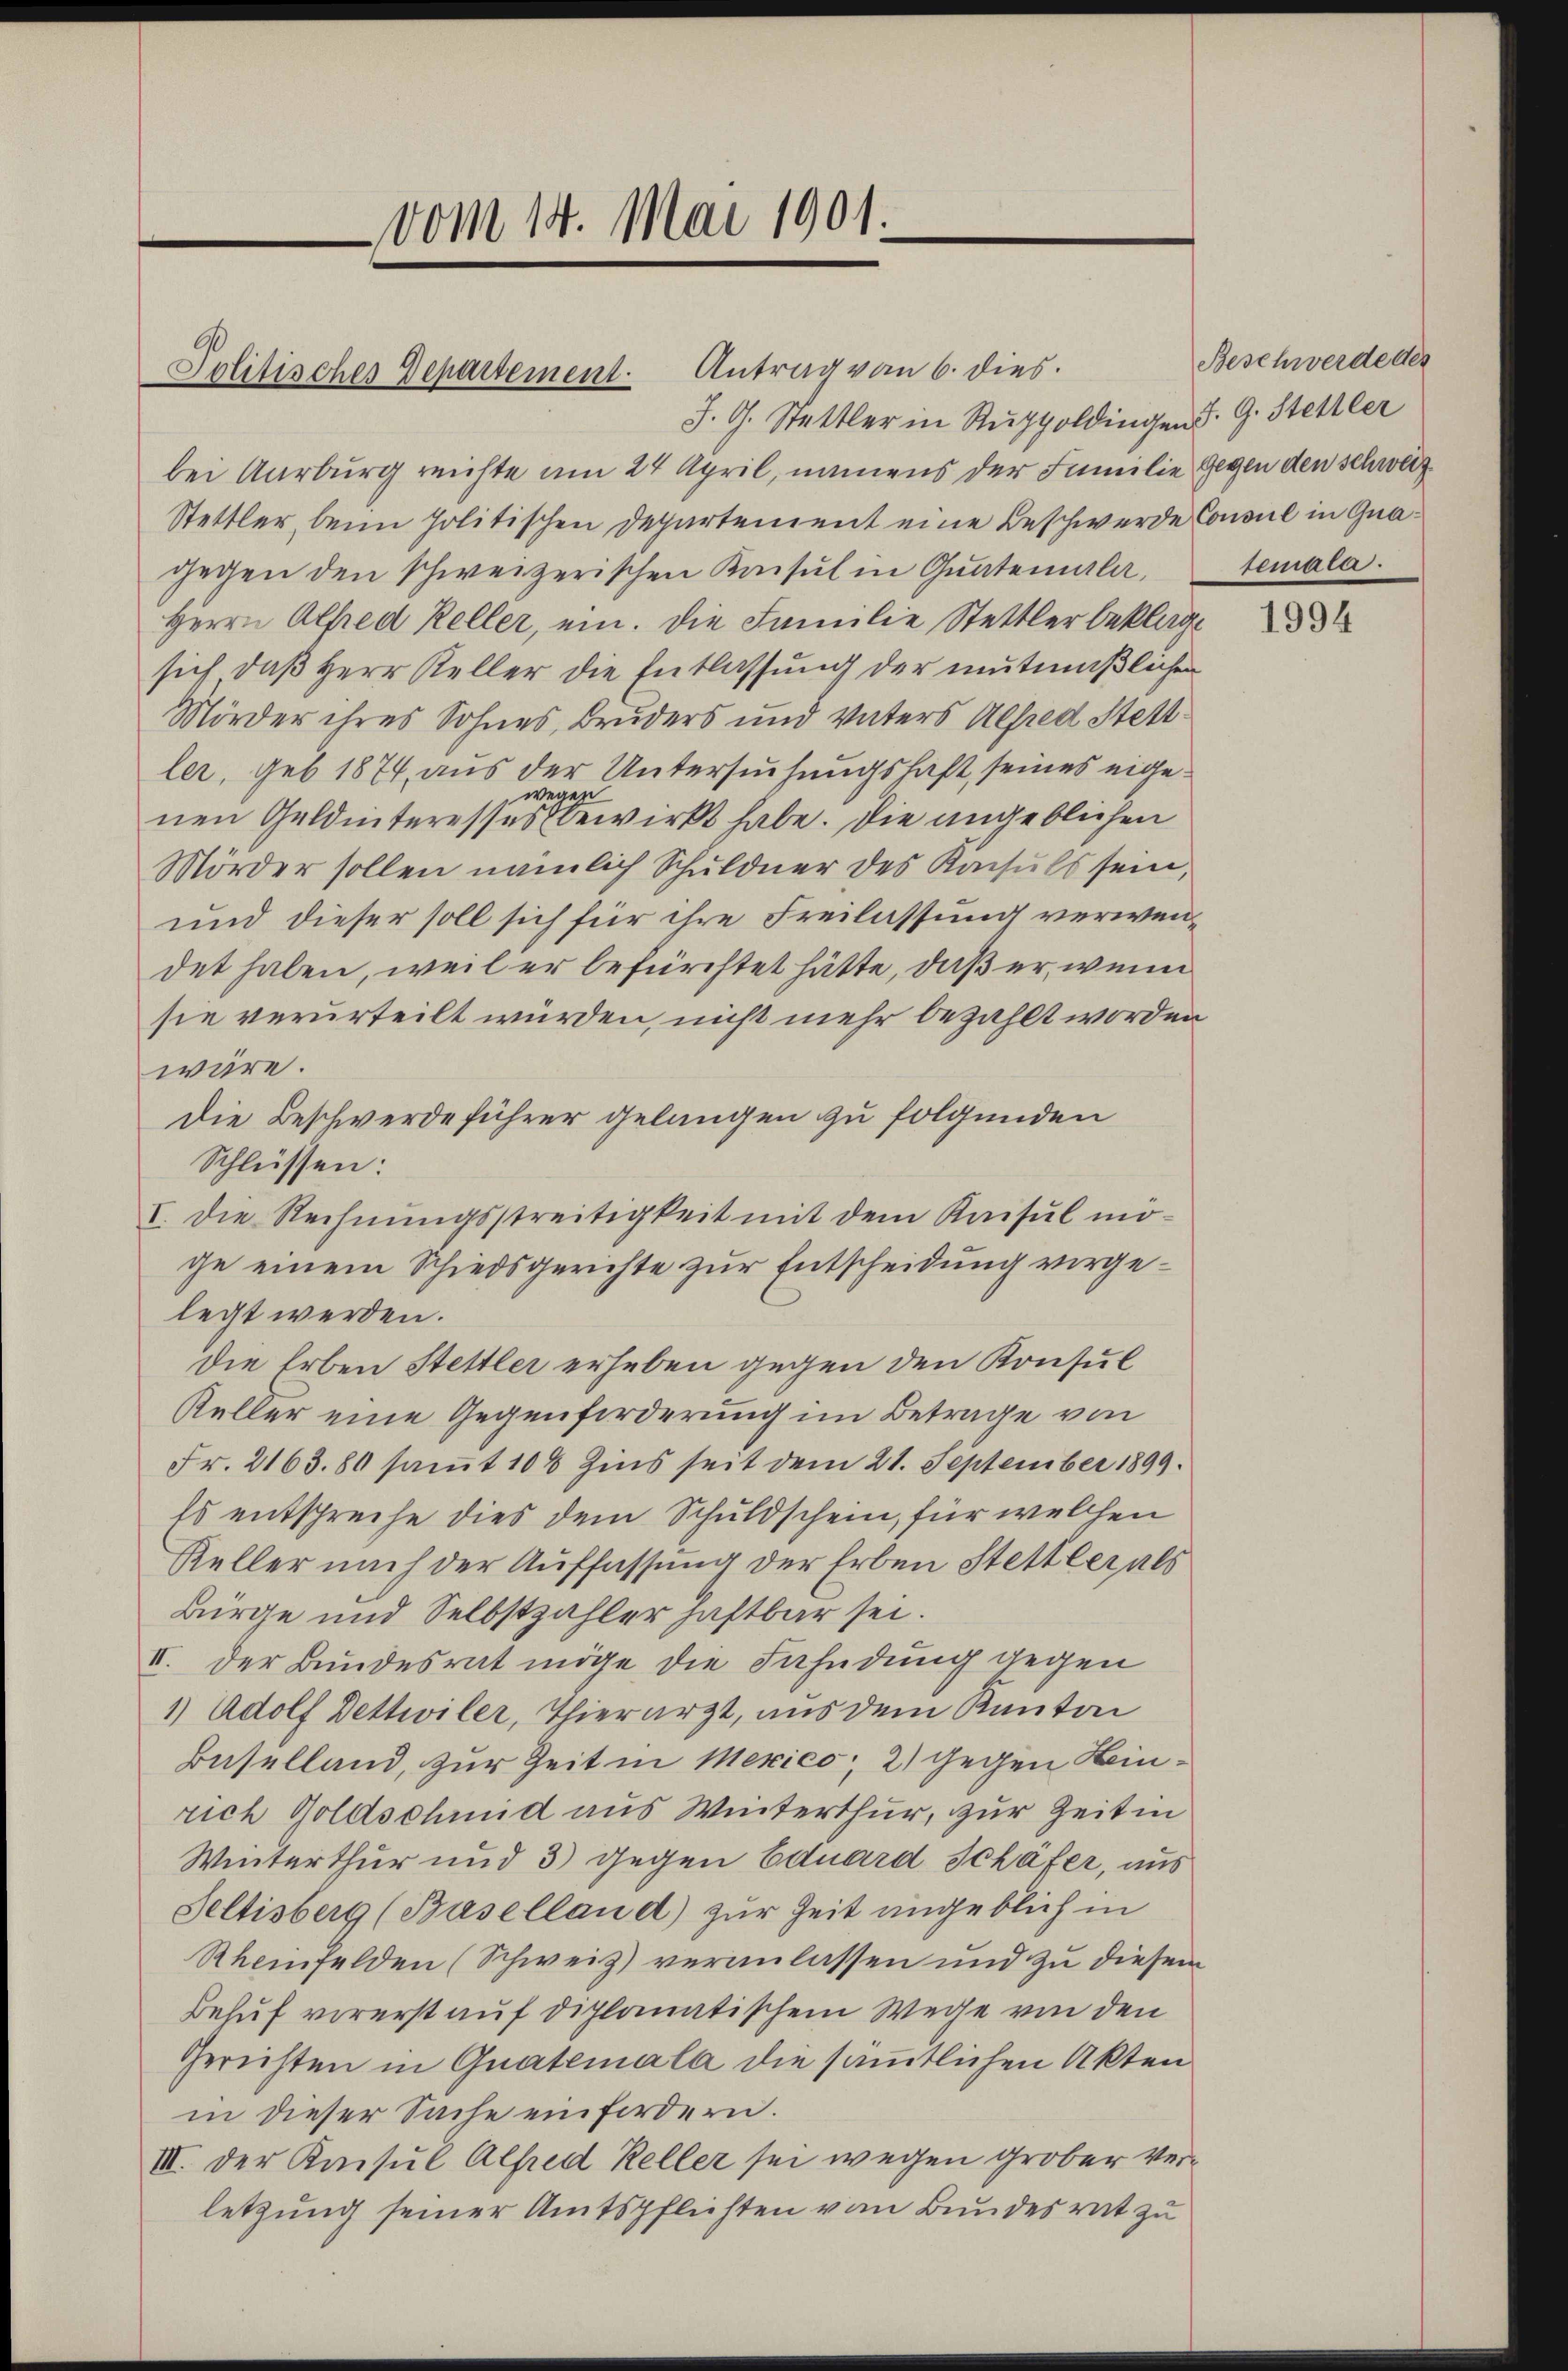
J. G. Stattler in Ruppoldingen d. G. Stettler
bei Aarburg reichte am 24 April, namens der Familie Gegen den schweiz.
Stettler, beim politischen Departement eine Beschwerde Consul in Gnagegen den schweizerischen Kaisul in Quatemala,
Herrn Alfred Keller, ein. Die Familie Stettler beklagt
sich daß Herr Keller die Entlassung der mutmaßlichen
Mörder ihres Sohnes Bruders und Vaters Alfred Stett
ler, geb. 1874, aus der Untersuchungshaft, seines eigegeg
w
nen Geldinteresses bewirkt habe. Die angeblichen
Mörder sollen nämlich Schuldner des Konsuls sein,
und dieser soll sich für ihre Freilassung verwendet haben, weil er befürchtet hätte, daß er, wenn
sie verurteilt würden, nicht mehr bezahlt worden
wäre.
Die Beschwerde führer gelangen zu folgenden
Schlüssen:
I. Die Rechnŭngsstreitigkeit mit dem Kaisŭl möge einem Schiedsgerichte zur Entscheidung vorgelegt werden.
die Erben Stettler erheben gegen den Konsul
Keller eine Gegenforderung im Betrage von
Fr. 2163. 80 samt 10% Zins seit dem 21. September 1899.
Es entspreche dies dem Schuldschein, für welchen
Keller nach der Auffassung der Erben Stettler als
Bürge und Selbstzahler haftbar sei.
II. Der Bundesrat möge die Fahndung gegen
1) Adolf Detteiler, Thierarzt, aus dem Kanton
Beselland, zur Zeit in Mexico; 2) gegen Heinrich Goldschmid aus Winterthur, zur Zeit in
Winterthur und 3 gegen Eduard Schäfer, aus
Seltisberg (Baselland) zur Zeit ungeblich in
Rheinfelden (Schweiz) veranlassen und zu diesem
Behuf vorerst auf diplomatischem Wege von den
Gerichten in Quatemala die sämmtlichen Akten
in dieser Sache einfordern.
III. Der Konsul Alfred Keller sei wegen grober Verletzung seiner Amtspflichten vom Bundesrat zu

Politisches Departement. Antrag von 6. dies

vom 14. Mai 1901.

Beschwerde des
semara.

1994